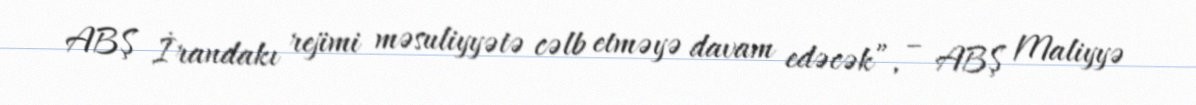
ABŞ İrandakı rejimi məsuliyyətə cəlb etməyə davam edəcək”, – ABŞ Maliyyə